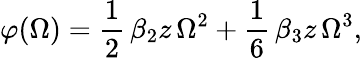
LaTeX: \varphi(\Omega)=\frac{1}{2}\, \beta_{2}z\, \Omega^{2}+\frac{1}{6}\, \beta_{3}z\, \Omega^{3},